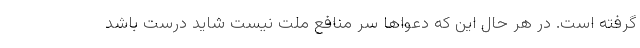
گرفته است. در هر حال این که دعواها سر منافع ملت نیست شاید درست باشد